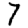
Digit: 7